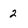
Character: 2